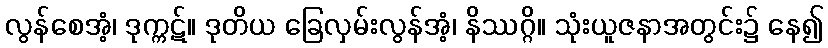
လွန်စေအံ့၊ ဒုက္ကဋ်။ ဒုတိယ ခြေလှမ်းလွန်အံ့၊ နိဿဂ္ဂိ။ သုံးယူဇနာအတွင်း၌ နေ၍